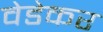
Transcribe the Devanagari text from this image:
वेडेकर